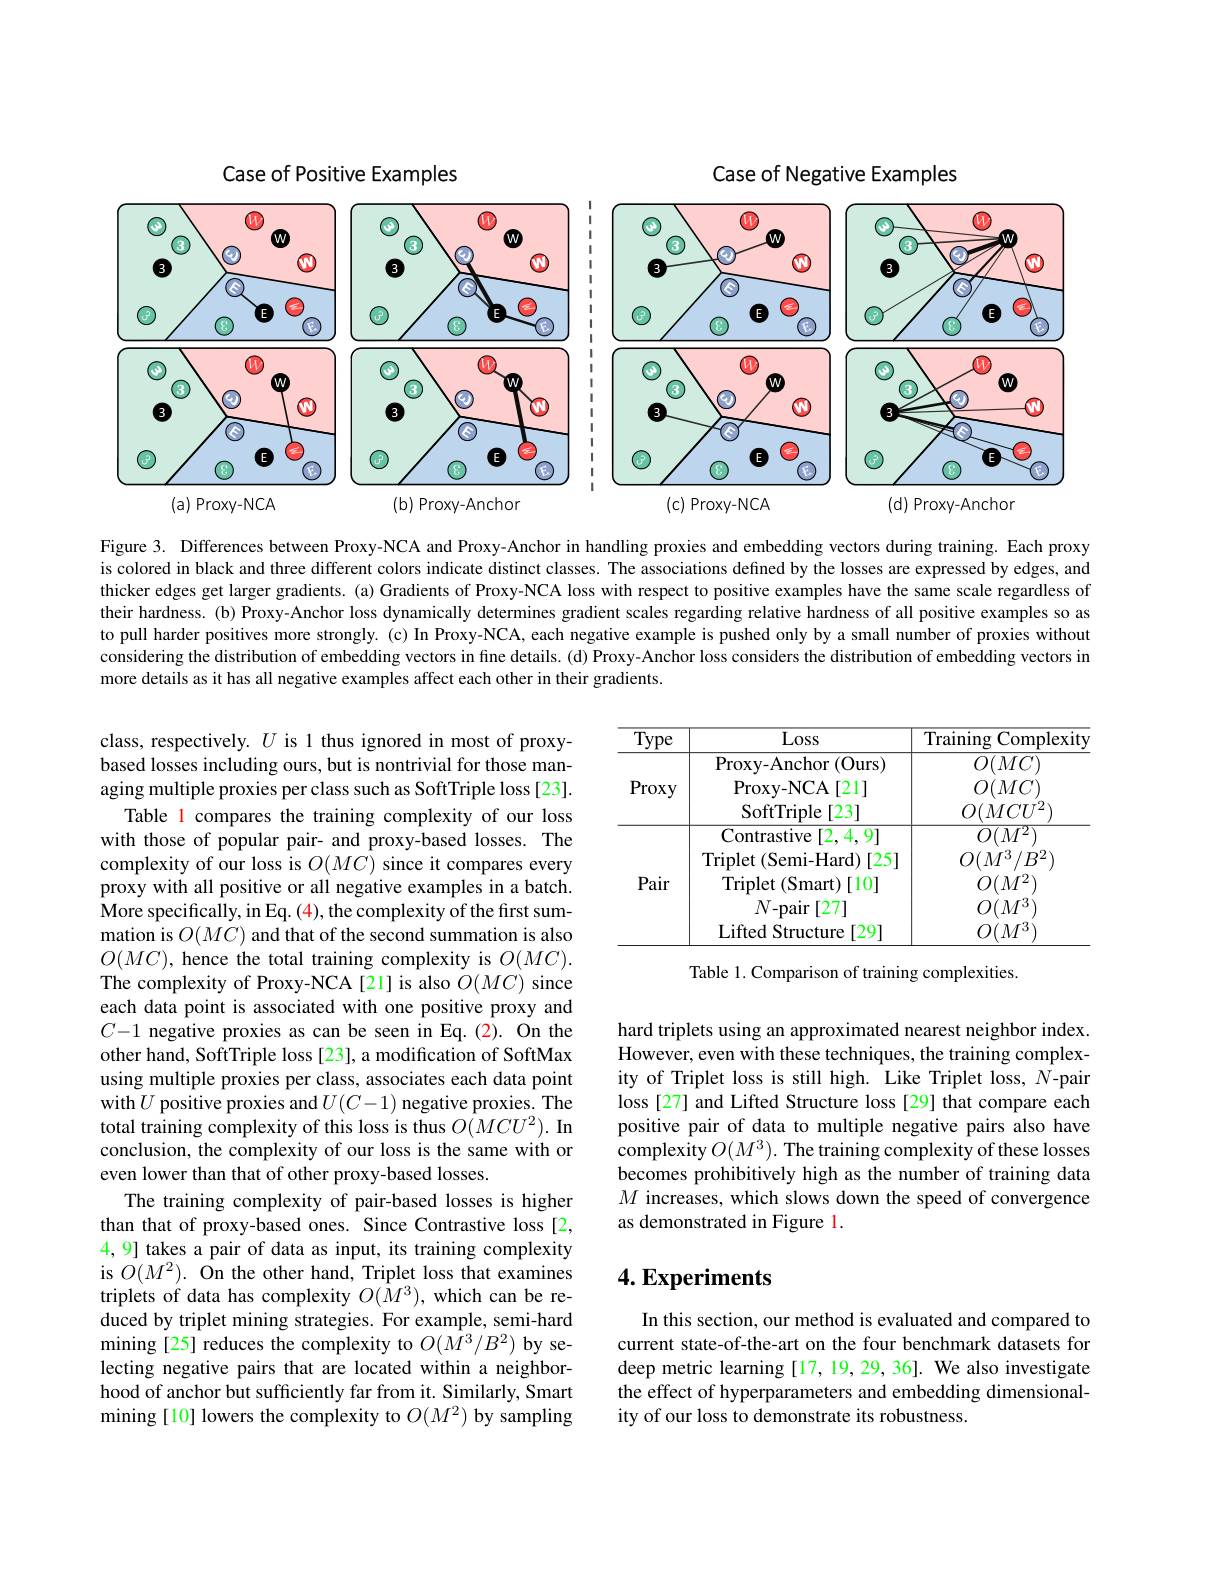
Case of Positive Examples

Case of Negative Examples

<FigureHere>

Figure 3. Differences between Proxy-NCA and Proxy-Anchor in handling proxies and embedding vectors during training. Each proxy is colored in black and three different colors indicate distinct classes. The associations defined by the losses are expressed by edges, and thicker edges get larger gradients. (a) Gradients of Proxy-NCA loss with respect to positive examples have the same scale regardless of their hardness. (b) Proxy-Anchor loss dynamically determines gradient scales regarding relative hardness of all positive examples so as to pull harder positives more strongly.(c) In Proxy-NCA, each negative example is pushed only by a small number of proxies without considering the distribution of embedding vectors in fine details. (d) Proxy-Anchor loss considers the distribution of embedding vectors in more details as it has all negative examples affect each other in their gradients.

<table>
	<tbody>
		<tr>
			<th>$\underline{{\mathrm{Type}}}$</th>
			<th>Loss</th>
			<th>${\mathrm{Training}}$ Complexity</th>
		</tr>
		<tr>
			<td>Proxy</td>
			<td>Proxy- Anchor ( Ours) Proxy- NCA $\Lambda[21]$ SoftTriple [23]</td>
			<td>$O(MC)$ $O(MC)$ $O(MCU^{2}$</td>
		</tr>
		<tr>
			<td>Pair</td>
			<td>Contrastive [2,4,9] Triplet (Semi-Hard) )[25] Triplet(Smart)[10] $N-$pair $•$ [27] Lifted Structure [29]</td>
			<td>${\overline{O(M^{2})}}$ $O(M^{3}/B^{2})$ $O(M^{2})$ $O(M^{3}$ $O(M^{3}$</td>
		</tr>
	</tbody>
</table>

Table 1. Comparison of training complexities.

class, respectively. $U$ is 1 thus ignored in most of proxybased losses including ours, but is nontrivial for those managing multiple proxies per class such as SoftTriple loss [23].
Table 1 compares the training complexity of our loss with those of popular pair- and proxy-based losses. The complexity of our loss is $O(MC)$ since it compares every proxy with all positive or all negative examples in a batch. $\hat{\text{More specifically, in Eq.(4), the complexity of the first sum-}}$ mation is $O(MC)$ and that of the second summation is also $O(MC)$, hence the total training complexity is $O(MC).$ The complexity of Proxy-NCA[21] is also $\dot{O}(MC)$ since each data point is associated with one positive proxy and $C-1$ negative proxies as can be seen in Eq.(2). On the other hand, SoftTriple loss [23], a modification of SoftMax using multiple proxies per class, associates each data point with $U$ positive proxies and $U(C-1)$ negative proxies. The total training complexity of this loss is thus $O(MCU^{2}).$ In conclusion, the complexity of our loss is the same with or even lower than that of other proxy-based losses.
The training complexity of pair-based losses is higher than that of proxy-based ones. Since Contrastive loss [2, 4,9] takes a pair of data as input, its training complexity is $O(M^{2}).$ On the other hand, Triplet loss that examines triplets of data has complexity $O(\hat{M}^{3})$, which can be reduced by triplet mining strategies. For example, semi-hard mining[25] reduces the complexity to $O(\tilde{M}^3/B^2)$ by selecting negative pairs that are located within a neighborhood of anchor but sufficiently far from it. Similarly, Smart mining [10] lowers the complexity to $O(M^2)$ by sampling

hard triplets using an approximated nearest neighbor index. $\hat{\text{However, even with these techniques, the training complex-}}$ ity of Triplet loss is still high. Like Triplet loss, $N$-pair loss [27] and Lifted Structure loss [29] that compare each positive pair of data to multiple negative pairs also have $\hat{\text{complexity}}O(M^{3}).$ The training complexity of these losses becomes prohibitively high as the number of training data $M$ increases, which slows down the speed of convergence as demonstrated in Figure l.

## $4. \textbf{Experiments}$

In this section, our method is evaluated and compared to current state-of-the-art on the four benchmark datasets for deep metric learning [17, 19, 29, 36]. We also investigate the effect of hyperparameters and embedding dimensionality of our loss to demonstrate its robustness.